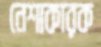
নেশাকারক